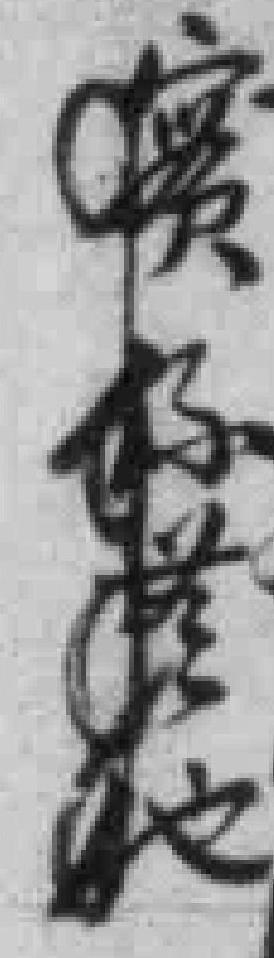
實係落地